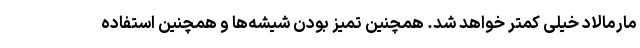
مارمالاد خیلی کمتر خواهد شد. همچنین تمیز بودن شیشه‌ها و همچنین استفاده